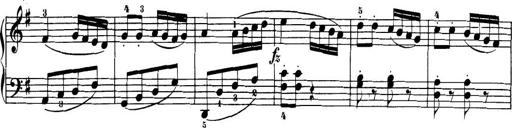
Title: 32 Sonatinas and Rondos for the Piano
Composer: Richard Kleinmichel